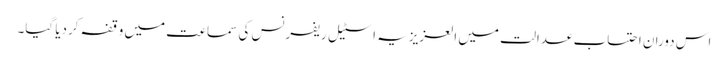
اس دوران احتساب عدالت میں العزیزیہ اسٹیل ریفرنس کی سماعت میں وقفہ کردیا گیا۔